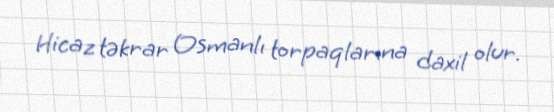
Hicaz təkrar Osmanlı torpaqlarına daxil olur.